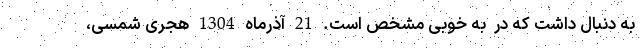
به دنبال داشت که در ‌ به خوبی مشخص است. 21 آذرماه 1304 هجری شمسی،